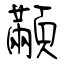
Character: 顢